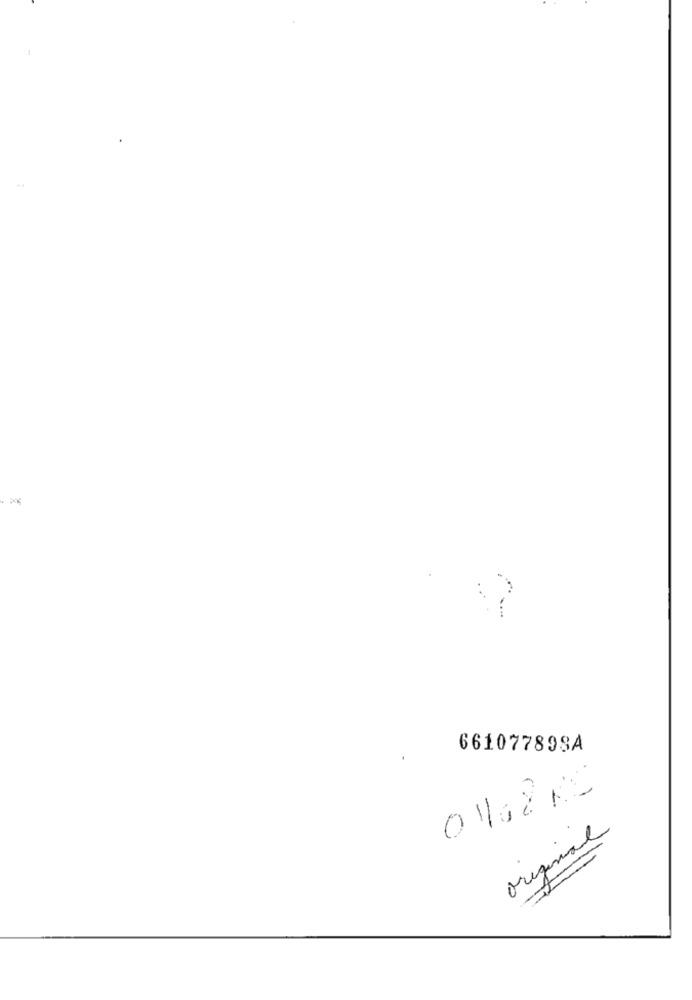
661077898A
01,2 KS
original